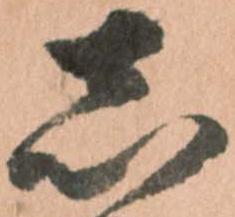
志